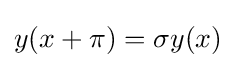
y(x+\pi )=\sigma y(x)